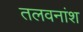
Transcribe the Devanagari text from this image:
तलवनांश